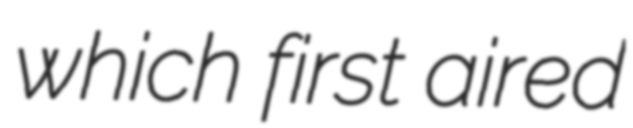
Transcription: which first aired